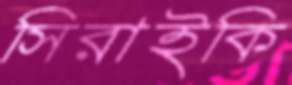
সিরাইকি